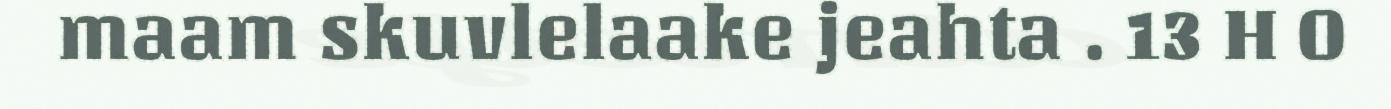
maam skuvlelaake jeahta . 13 H O